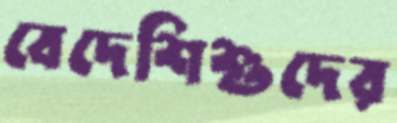
বেদেশিশুদের